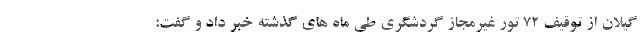
گیلان از توقیف ۷۲ تور غیرمجاز گردشگری طی ماه های گذشته خبر داد و گفت: